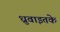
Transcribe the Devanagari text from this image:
ध्रुवाइतके